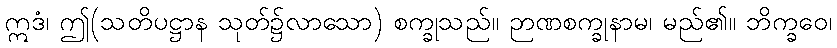
ဣဒံ၊ ဤ(သတိပဋ္ဌာန သုတ်၌လာသော) စက္ခုသည်။ ဉာဏစက္ခုနာမ၊ မည်၏။ ဘိက္ခဝေ၊